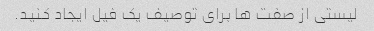
لیستی از صفت ها برای توصیف یک فیل ایجاد کنید.